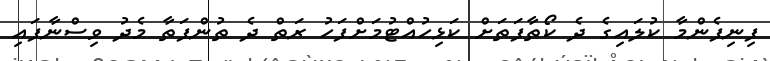
ފިނިފެންމާ ކުލައިގެ ދެ ކޯތާފަތަށް ކަޅިހުއްޓުމަށްފަހު ރަތް ދެ ތުންފަތާ މެދު ވިސްނާފައި